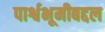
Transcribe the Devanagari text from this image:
पार्श्वभूमीबद्दल